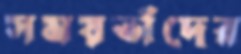
সময়তাঁদের